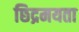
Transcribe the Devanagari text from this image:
छिद्रमयता